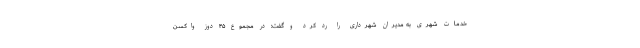
خدمات شهری به مدیران شهرداری را رد کرد و گفت: در مجموع ۴۵ دوز واکسن